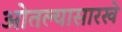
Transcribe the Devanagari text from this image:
ओतल्यासारखे